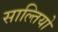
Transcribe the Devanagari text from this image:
साल्तियो